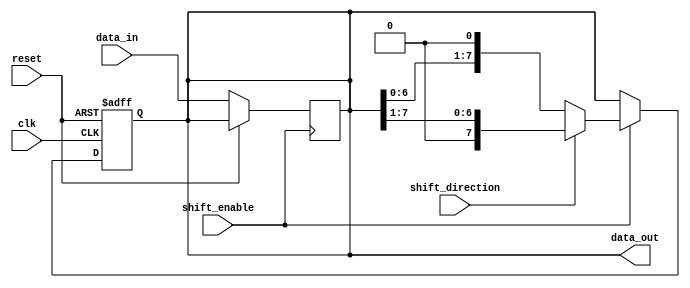
module ParameterizedShiftRegister #(
    parameter WIDTH = 8 // Default width of the shift register
)(
    input wire clk,                // Clock input
    input wire reset,              // Asynchronous reset input
    input wire shift_enable,       // Shift control input
    input wire shift_direction,     // Shift direction: 0 for left, 1 for right
    input wire [WIDTH-1:0] data_in, // Parallel data input
    output reg [WIDTH-1:0] data_out // Parallel data output
);

    // Asynchronous reset and shifting behavior
    always @(posedge clk or posedge reset) begin
        if (reset) begin
            data_out <= {WIDTH{1'b0}}; // Clear all bits to zero
        end else if (shift_enable) begin
            if (shift_direction) begin
                // Shift right
                data_out <= {1'b0, data_out[WIDTH-1:1]};
            end else begin
                // Shift left
                data_out <= {data_out[WIDTH-2:0], 1'b0};
            end
        end else begin
            // Retain previous state
            data_out <= data_out;
        end
    end

    // Load data when shift_enable is low
    always @(negedge shift_enable) begin
        if (!reset) begin
            data_out <= data_in; // Load data when shift_enable is low
        end
    end

endmodule